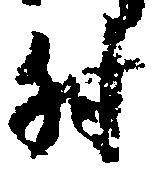
付